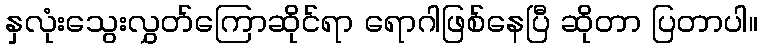
နှလုံးသွေးလွှတ်ကြောဆိုင်ရာ ရောဂါဖြစ်နေပြီ ဆိုတာ ပြတာပါ။